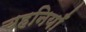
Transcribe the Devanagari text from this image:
चहनियाँ